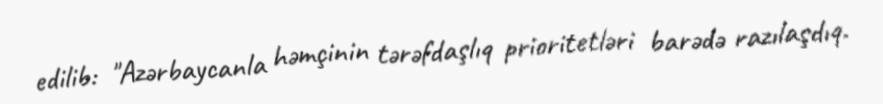
edilib: "Azərbaycanla həmçinin tərəfdaşlıq prioritetləri barədə razılaşdıq.